EELK_Paldiski_kogudus, lk 49
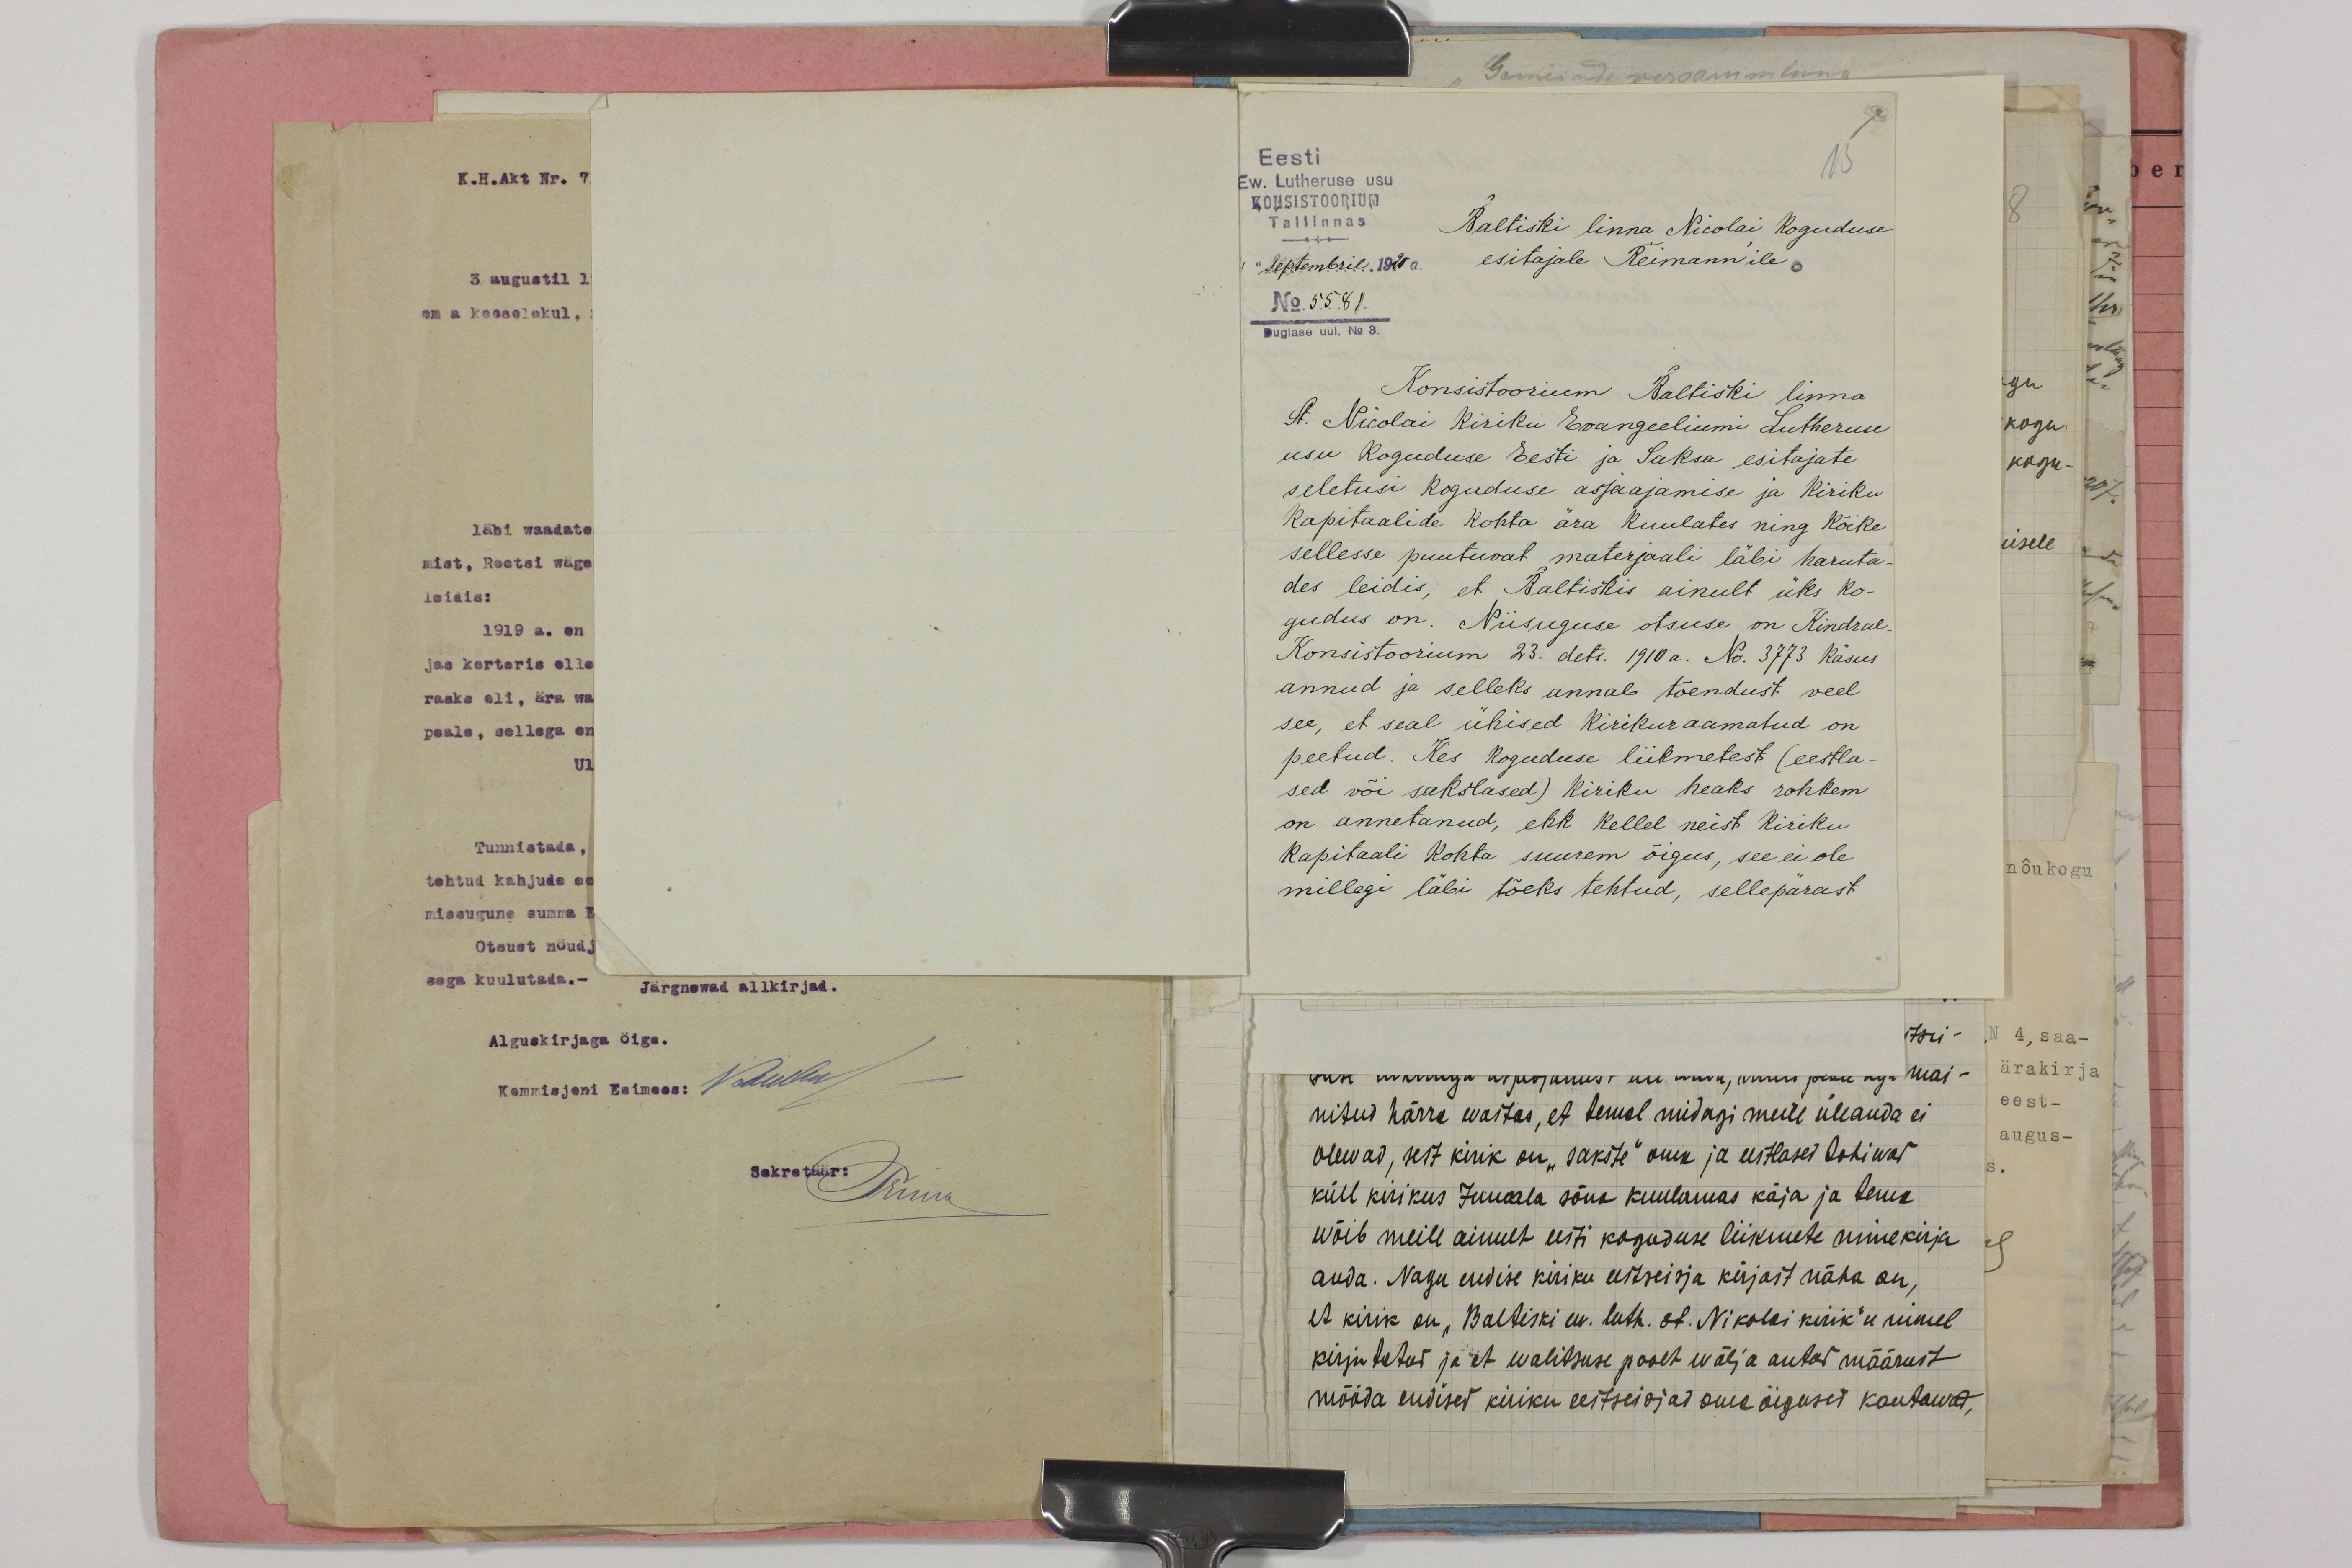
15
Eesti
Ew. Lutheruse usu
KONSISTOORIUM
Tallinnas
Baltiski linna Nicolai koguduse
Septembril 1920a.
esitajale Reimann'ile
No. 5581
Duglase uul. No 3.
Konsistoorium Baltiski linna
St. Nicolai kiriku Evangeeliumi Lutheruse
usu koguduse Eesti ja Saksa esitajate,
seletusi koguduse asjaajamise ja kiriku
kapitaalide kohta ära kuulates ning kõike
sellesse puutuvat materjaali läbi haruta-
des leidis, et Baltiskis ainult üks ko-
gudus on. Niisuguse otsuse on Kindral-
Konsistoorium 23. dets. 1910 a. No. 3773 käsus
annud ja selleks annab tõendust veel.
see, et seal ühised kirikuraamatud on
peetud. Kes koguduse liikmetest (eestla-
sed või sakslased) kiriku heaks rohkem
on annetanud, ehk kellel neist kiriku
Kapitaali kohta suurem õigus, see ei ole
millegi läbi tõeks tehtud, sellepärast